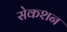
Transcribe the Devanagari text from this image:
सेकशन